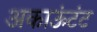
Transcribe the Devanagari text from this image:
अकाऊंटंट